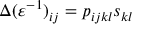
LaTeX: \Delta ( \varepsilon ^ { - 1 } ) _ { i j } = p _ { i j k l } s _ { k l }